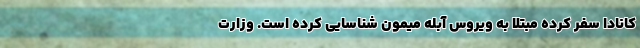
کانادا سفر کرده مبتلا به ویروس آبله میمون شناسایی کرده است. وزارت